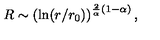
R \sim \left( \ln ( r / r _ { 0 } ) \right) ^ { { \frac { 2 } { \alpha } } ( 1 - \alpha ) } ,